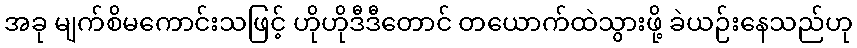
အခု မျက်စိမကောင်းသဖြင့် ဟိုဟိုဒီဒီတောင် တယောက်ထဲသွားဖို့ ခဲယဉ်းနေသည်ဟု